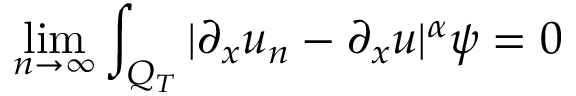
\operatorname* { l i m } _ { n \rightarrow \infty } \int _ { Q _ { T } } | \partial _ { x } u _ { n } - \partial _ { x } u | ^ { \alpha } \psi = 0